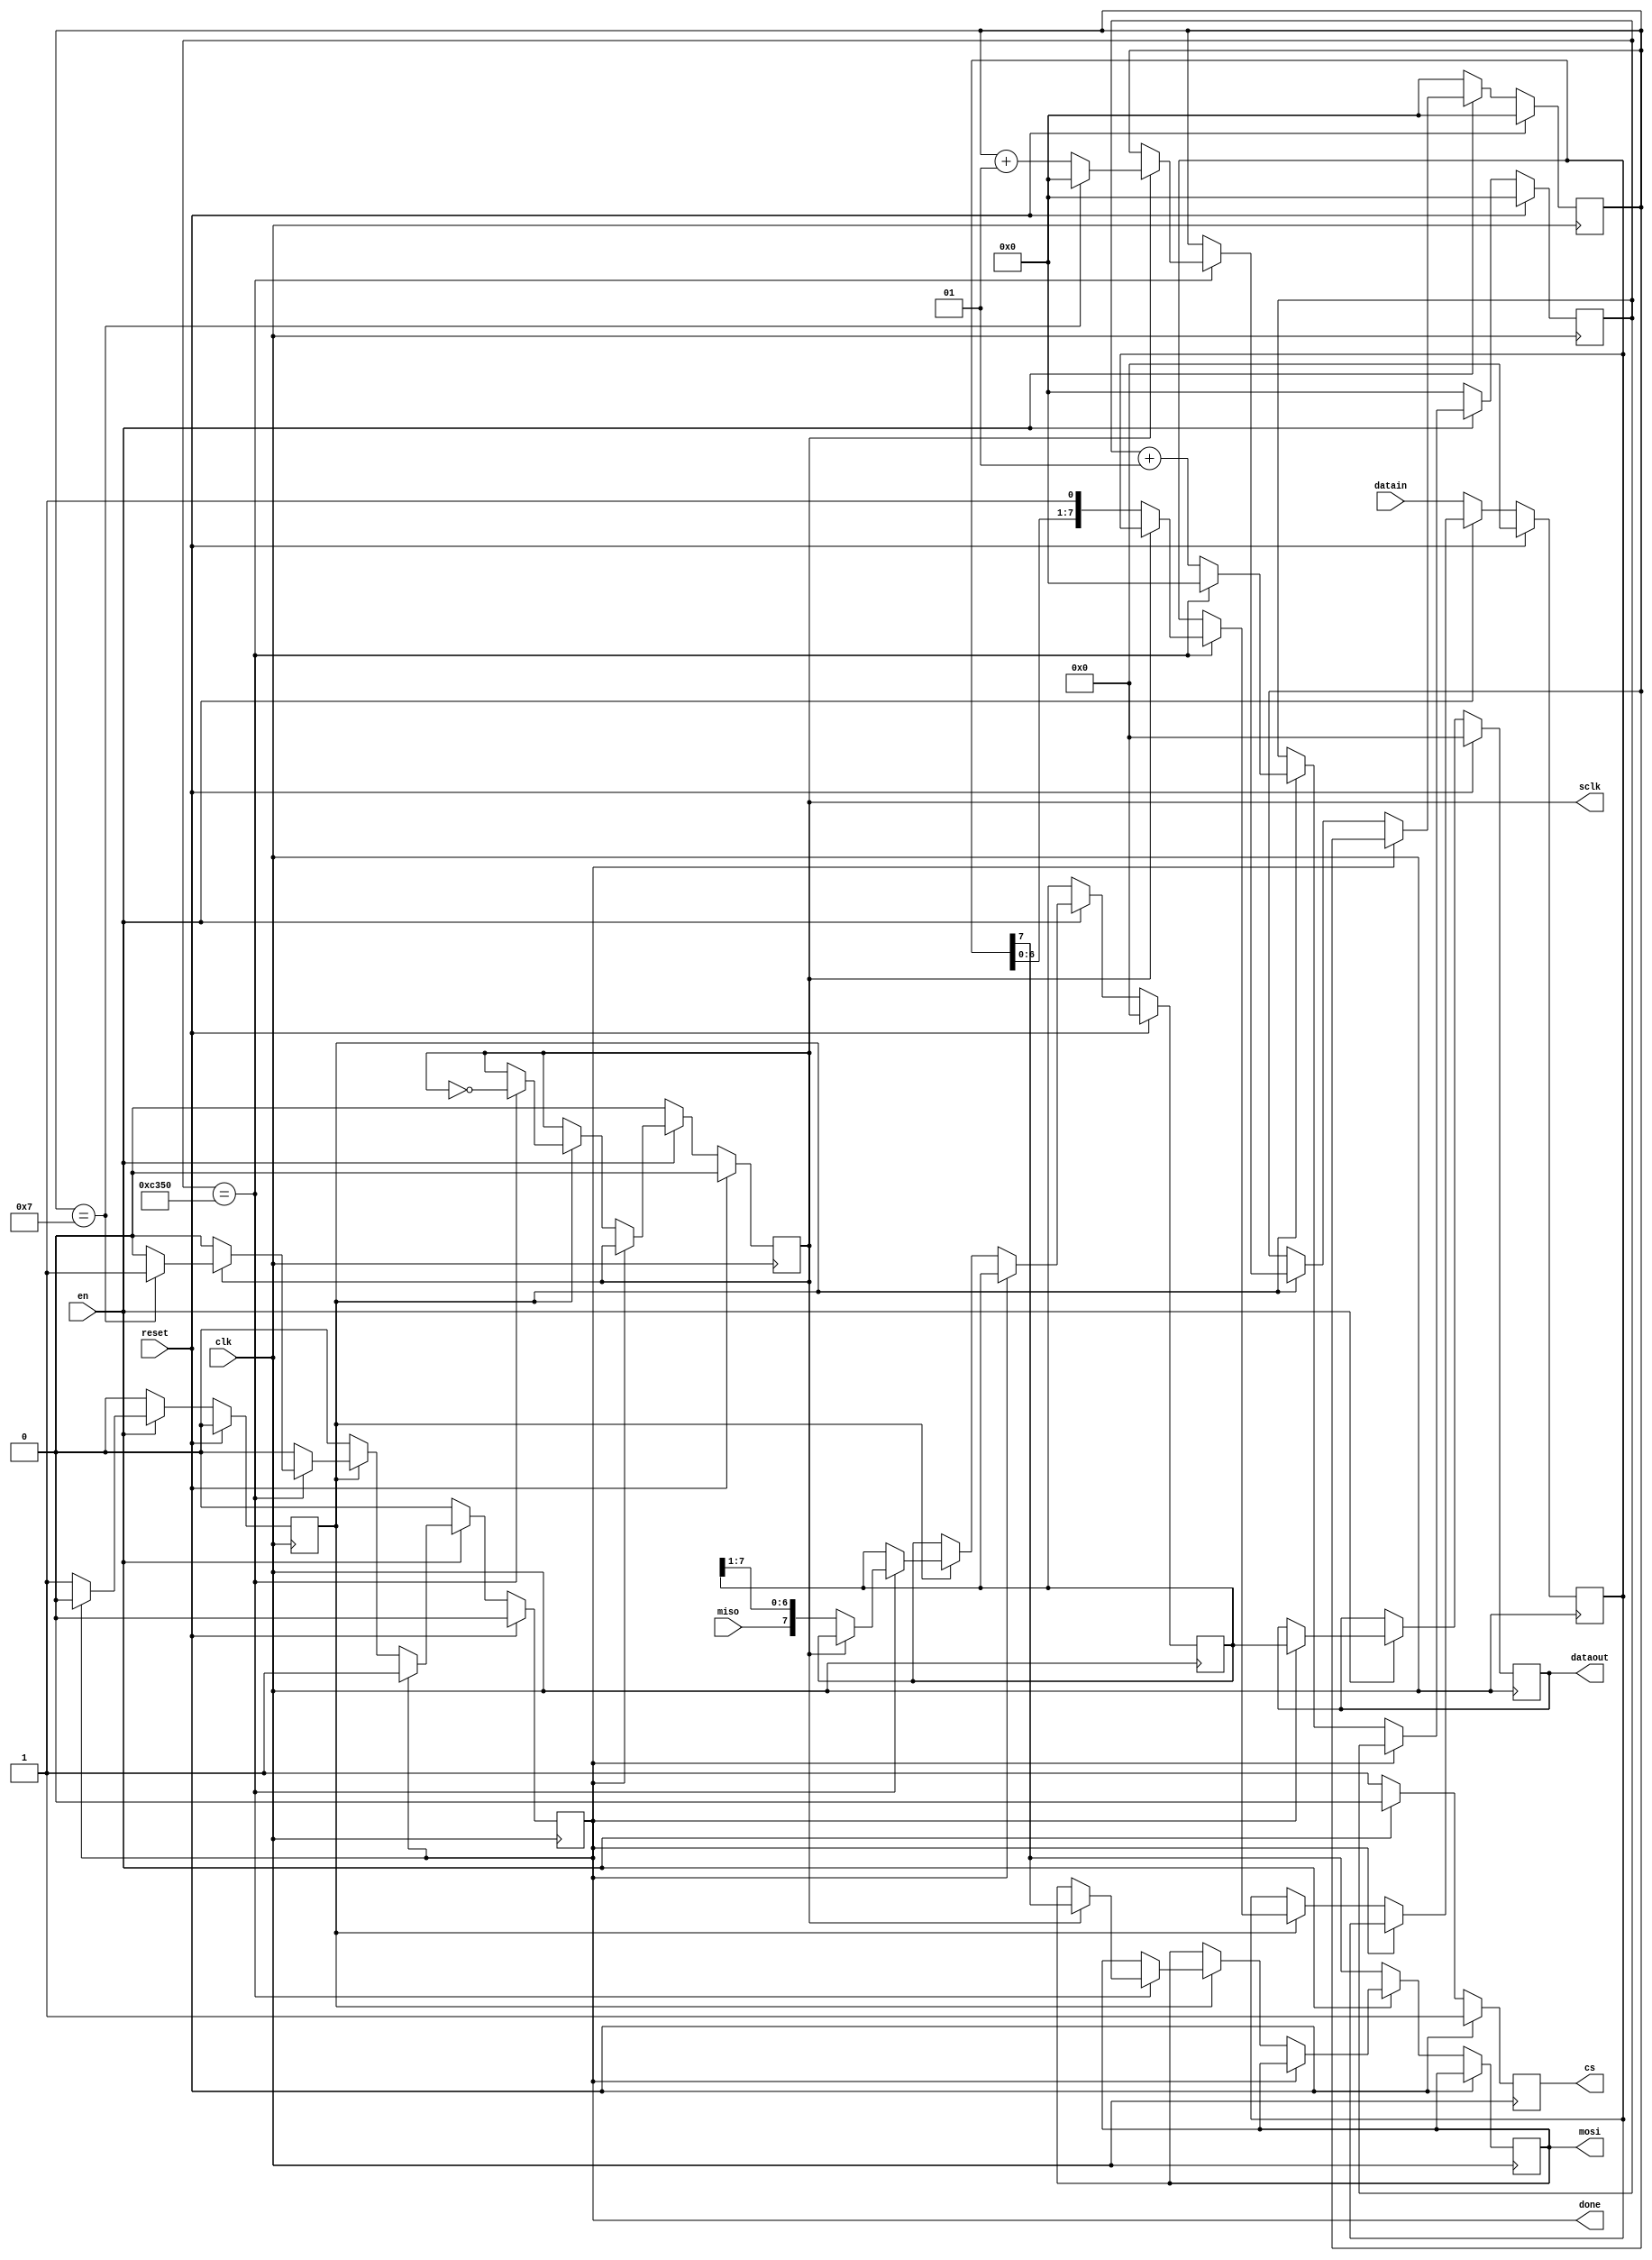
module spi
	#(parameter N=8,
	parameter tope=50000)	
	( 
	input [N-1:0] datain,
	input en,
	input reset,
	input clk,
	input miso,
	output reg [N-1:0] dataout,
	output reg done,
	output reg mosi,
	output reg cs,
	output reg sclk
	);


integer countd=0;
integer div=0;
reg [N-1:0] datase=0;
reg [N-1:0] datare=0;
reg run=0;

always @(posedge clk)
begin

	if(reset)
		begin
		countd<=0;
		sclk<=0;
		run<=0;
		div<=0;
		cs<=1;
		done<=0;
		dataout<=0;
		datase<=0;
		datare<=0;
		end

	
	else if(en)
		begin
		run<=1;
		cs<=0;
		if(done)
			begin
			run<=0;
			dataout<=datare;
		end
		else if(run)
			if(div==tope)
				begin
				sclk<=~sclk;
				div<=0;
					if(sclk)
						begin
						countd<=countd+1;
						mosi<=datase[N-1];
						if(countd==7)
							begin
							countd<=0;
							done<=1;
							end
						end
					else if(~sclk)
						begin
						datare<={miso,datare[N-1:1]};
						datase<={datase[N-2:0],1'b1};
						end
				end		

			else
				div<=div+1;
		end
	else if(~en)
		begin
		countd<=0;
		sclk<=0;
		run<=0;
		div<=0;
		cs<=1;
		done<=0;
		datase<=datain;
		mosi<=datase[N-1];
		end

		
		
end





endmodule